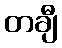
တချီ